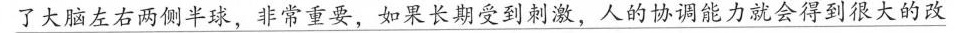
\underline{了大脑左右两侧半球，非常重要，如果长期受到刺激，人的协调能力就会得到很大的改}